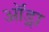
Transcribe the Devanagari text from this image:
ऑड्रा